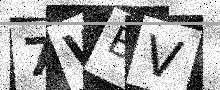
Text: 7WBV